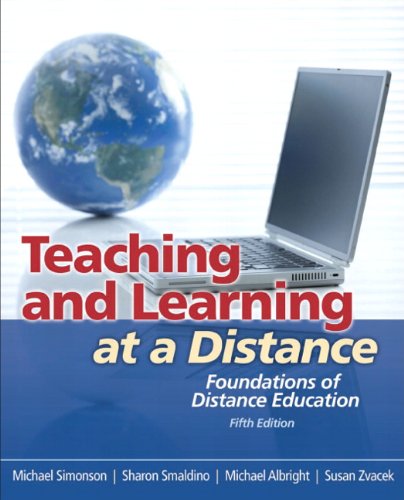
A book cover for Teaching and Learning at a Distance: Foundations of Distance Education (5th Edition); Michael Simonson; Education & Teaching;